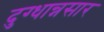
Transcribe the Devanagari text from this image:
दुग्धान्नसार